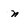
Character: n